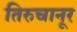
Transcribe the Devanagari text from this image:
तिरुचानूर